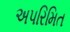
અપરિમિત